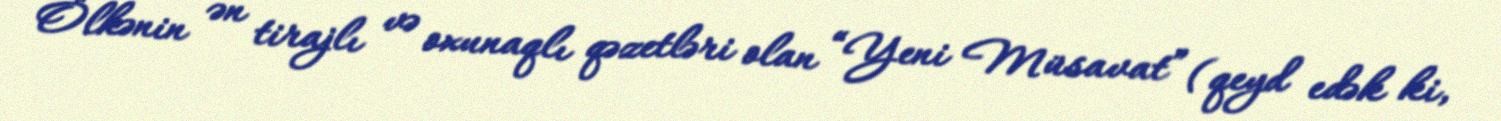
Ölkənin ən tirajlı və oxunaqlı qəzetləri olan “Yeni Müsavat” (qeyd edək ki,